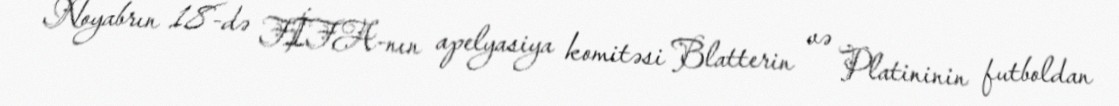
Noyabrın 18-də FİFA-nın apelyasiya komitəsi Blatterin və Platininin futboldan